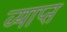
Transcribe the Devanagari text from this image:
व्याप्‍त